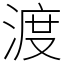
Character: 渡